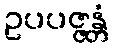
ဥပပဇ္ဇန္တံ